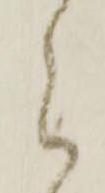
之